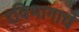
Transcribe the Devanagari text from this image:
रविभागाचे